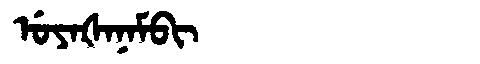
Manchu: ᡠᠶᠠᡧᠠᠨᠠᠮᠪᡳ
Romanization: UYAŠANAMBI